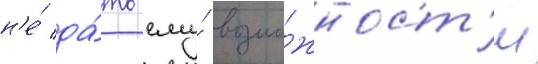
н'е́ да́ть ему́ возмо́жност'и